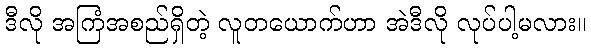
ဒီလို အကြံအစည်ရှိတဲ့ လူတယောက်ဟာ အဲဒီလို လုပ်ပါ့မလား။